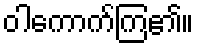
ဝါကောက်ကြ၏။